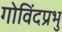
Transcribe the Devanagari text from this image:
गोविंदप्रभु